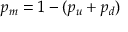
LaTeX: p _ { m } = 1 - ( p _ { u } + p _ { d } )